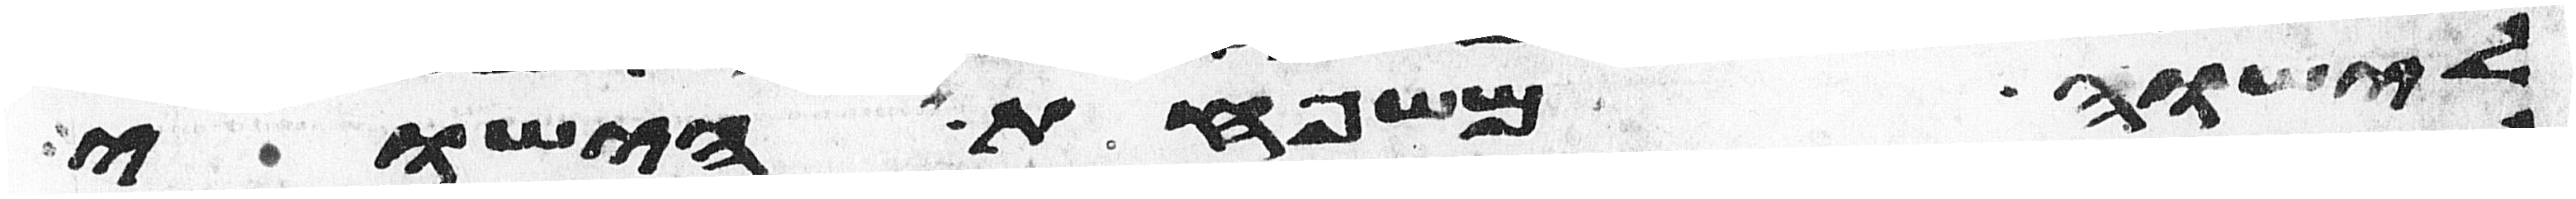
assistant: לישוה משפחת הישוי